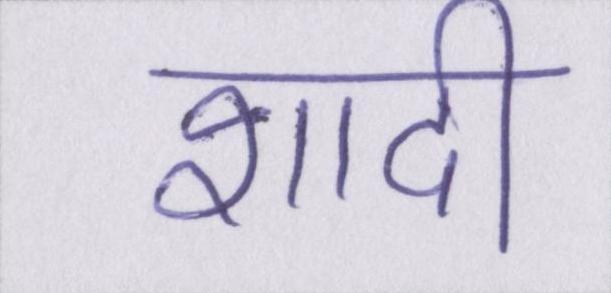
शादी